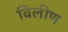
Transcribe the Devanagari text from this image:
विलीण